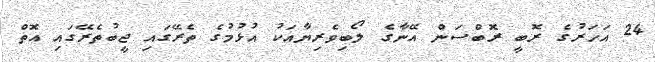
24 އަހަރުގެ ރޮބީ ރޮބްސަން އޭނާގެ ލޯބިވެރިޔާއަކު އުޅުމުގެ ތެރޭގައި ޖީބުތެރޭގައި އޮތް